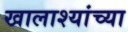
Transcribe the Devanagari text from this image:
खालाश्यांच्या